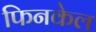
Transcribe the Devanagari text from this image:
फिनकेल